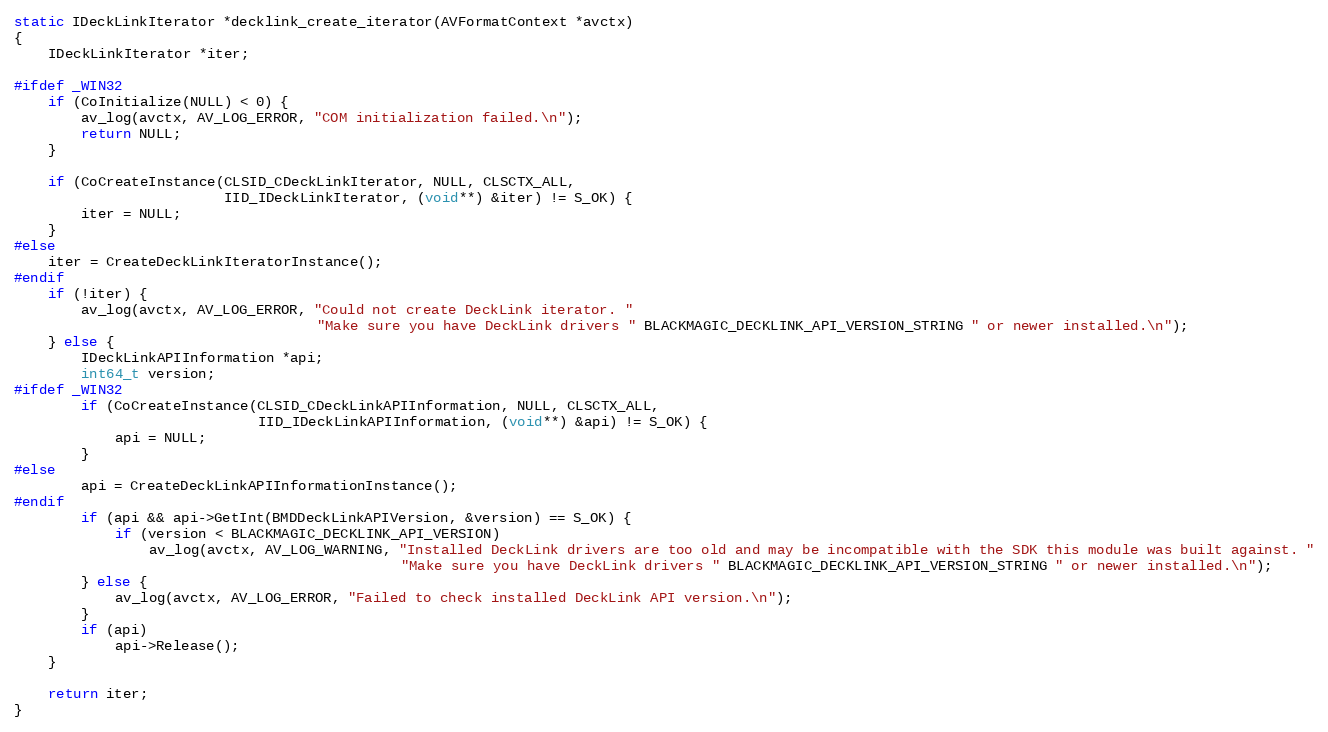
Language: C++
static IDeckLinkIterator *decklink_create_iterator(AVFormatContext *avctx)
{
    IDeckLinkIterator *iter;

#ifdef _WIN32
    if (CoInitialize(NULL) < 0) {
        av_log(avctx, AV_LOG_ERROR, "COM initialization failed.\n");
        return NULL;
    }

    if (CoCreateInstance(CLSID_CDeckLinkIterator, NULL, CLSCTX_ALL,
                         IID_IDeckLinkIterator, (void**) &iter) != S_OK) {
        iter = NULL;
    }
#else
    iter = CreateDeckLinkIteratorInstance();
#endif
    if (!iter) {
        av_log(avctx, AV_LOG_ERROR, "Could not create DeckLink iterator. "
                                    "Make sure you have DeckLink drivers " BLACKMAGIC_DECKLINK_API_VERSION_STRING " or newer installed.\n");
    } else {
        IDeckLinkAPIInformation *api;
        int64_t version;
#ifdef _WIN32
        if (CoCreateInstance(CLSID_CDeckLinkAPIInformation, NULL, CLSCTX_ALL,
                             IID_IDeckLinkAPIInformation, (void**) &api) != S_OK) {
            api = NULL;
        }
#else
        api = CreateDeckLinkAPIInformationInstance();
#endif
        if (api && api->GetInt(BMDDeckLinkAPIVersion, &version) == S_OK) {
            if (version < BLACKMAGIC_DECKLINK_API_VERSION)
                av_log(avctx, AV_LOG_WARNING, "Installed DeckLink drivers are too old and may be incompatible with the SDK this module was built against. "
                                              "Make sure you have DeckLink drivers " BLACKMAGIC_DECKLINK_API_VERSION_STRING " or newer installed.\n");
        } else {
            av_log(avctx, AV_LOG_ERROR, "Failed to check installed DeckLink API version.\n");
        }
        if (api)
            api->Release();
    }

    return iter;
}